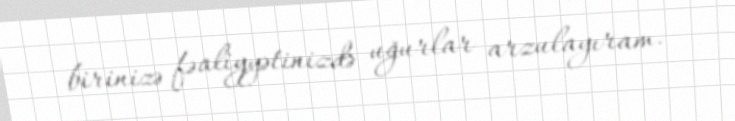
birinizə fəaliyyətinizdə uğurlar arzulayıram.